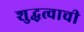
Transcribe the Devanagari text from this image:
शुद्धत्वाची